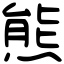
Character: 熊